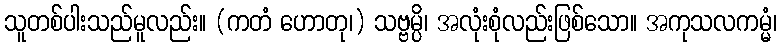
သူတစ်ပါးသည်မူလည်း။ (ကတံ ဟောတု၊) သဗ္ဗမ္ပိ၊ အလုံးစုံလည်းဖြစ်သော။ အကုသလကမ္မံ၊